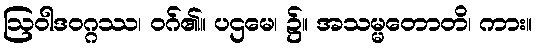
ဩဝါဒဝဂ္ဂဿ၊ ဝဂ်၏။ ပဌမေ၊ ၌။ အသမ္မတောတိ၊ ကား။